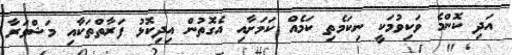
އަދި ކޮންމެ ވަކިވުމަކީ ނިކަމެތި ކަމެއް ކަމަށާއި އެގޮތުން އިދިކޮޅު ފަރާތްތަކާއި މަޝްވަރާ